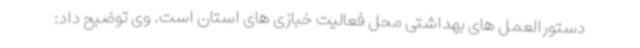
دستورالعمل های بهداشتی محل فعالیت خبازی های استان است. وی توضیح داد: